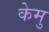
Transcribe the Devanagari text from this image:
केमु